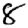
Digit: 8